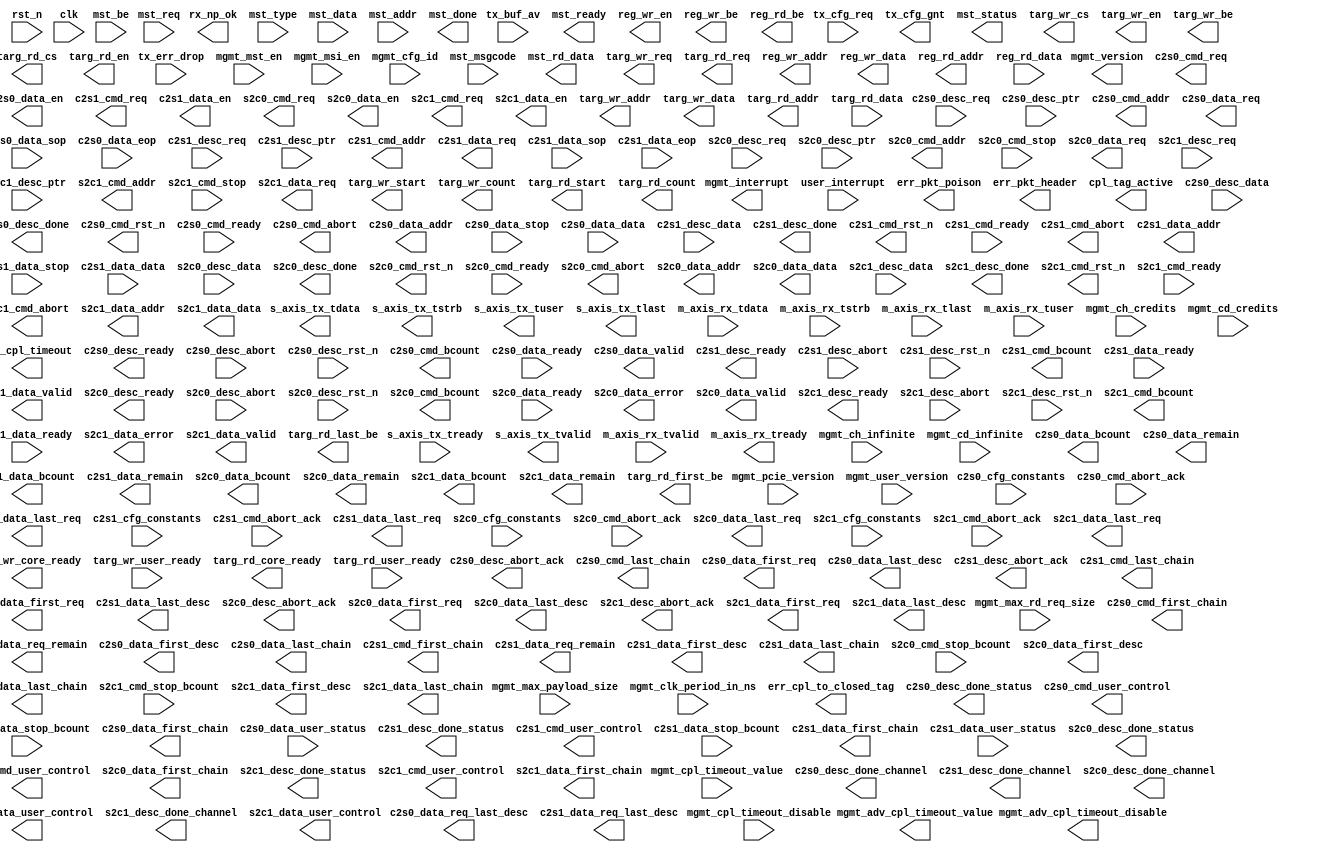
module dma_back_end_pkt (

    rst_n,
    clk,

    tx_buf_av,
    tx_err_drop,
    tx_cfg_req,
    s_axis_tx_tready,
    s_axis_tx_tdata,
    s_axis_tx_tstrb,
    s_axis_tx_tuser,
    s_axis_tx_tlast,
    s_axis_tx_tvalid,
    tx_cfg_gnt,

    m_axis_rx_tdata,
    m_axis_rx_tstrb,
    m_axis_rx_tlast,
    m_axis_rx_tvalid,
    m_axis_rx_tready,
    m_axis_rx_tuser,
    rx_np_ok,
    mgmt_mst_en,
    mgmt_msi_en,
    mgmt_max_payload_size,
    mgmt_max_rd_req_size,
    mgmt_clk_period_in_ns,
    mgmt_version,
    mgmt_pcie_version,
    mgmt_user_version,
    mgmt_cfg_id,
    mgmt_interrupt,
    user_interrupt,

    mgmt_ch_infinite,
    mgmt_cd_infinite,
    mgmt_ch_credits,
    mgmt_cd_credits,

    mgmt_adv_cpl_timeout_disable,
    mgmt_adv_cpl_timeout_value,
    mgmt_cpl_timeout_disable,
    mgmt_cpl_timeout_value,

    err_pkt_poison,
    err_cpl_to_closed_tag,
    err_cpl_timeout,
    err_pkt_header,
    cpl_tag_active,

    // Master DWORD Read/Write Interface
    mst_ready,
    mst_req,
    mst_type,
    mst_data,
    mst_be,
    mst_addr,
    mst_msgcode,
    mst_rd_data,
    mst_status,
    mst_done,

    // DMA Card to System Engine #0 User Interface
    c2s0_cfg_constants,

    c2s0_desc_req,
    c2s0_desc_ready,
    c2s0_desc_ptr,
    c2s0_desc_data,
    c2s0_desc_abort,
    c2s0_desc_abort_ack,
    c2s0_desc_rst_n,

    c2s0_desc_done,
    c2s0_desc_done_channel,
    c2s0_desc_done_status,

    c2s0_cmd_rst_n,
    c2s0_cmd_req,
    c2s0_cmd_ready,
    c2s0_cmd_first_chain,
    c2s0_cmd_last_chain,
    c2s0_cmd_addr,
    c2s0_cmd_bcount,
    c2s0_cmd_user_control,
    c2s0_cmd_abort,
    c2s0_cmd_abort_ack,

    c2s0_data_req,
    c2s0_data_ready,
    c2s0_data_req_remain,
    c2s0_data_req_last_desc,
    c2s0_data_addr,
    c2s0_data_bcount,
    c2s0_data_stop,
    c2s0_data_stop_bcount,

    c2s0_data_en,
    c2s0_data_remain,
    c2s0_data_valid,
    c2s0_data_first_req,
    c2s0_data_last_req,
    c2s0_data_first_desc,
    c2s0_data_last_desc,
    c2s0_data_first_chain,
    c2s0_data_last_chain,
    c2s0_data_sop,
    c2s0_data_eop,
    c2s0_data_data,
    c2s0_data_user_status,

    // DMA Card to System Engine #1 User Interface
    c2s1_cfg_constants,

    c2s1_desc_req,
    c2s1_desc_ready,
    c2s1_desc_ptr,
    c2s1_desc_data,
    c2s1_desc_abort,
    c2s1_desc_abort_ack,
    c2s1_desc_rst_n,

    c2s1_desc_done,
    c2s1_desc_done_channel,
    c2s1_desc_done_status,

    c2s1_cmd_rst_n,
    c2s1_cmd_req,
    c2s1_cmd_ready,
    c2s1_cmd_first_chain,
    c2s1_cmd_last_chain,
    c2s1_cmd_addr,
    c2s1_cmd_bcount,
    c2s1_cmd_user_control,
    c2s1_cmd_abort,
    c2s1_cmd_abort_ack,

    c2s1_data_req,
    c2s1_data_ready,
    c2s1_data_req_remain,
    c2s1_data_req_last_desc,
    c2s1_data_addr,
    c2s1_data_bcount,
    c2s1_data_stop,
    c2s1_data_stop_bcount,

    c2s1_data_en,
    c2s1_data_remain,
    c2s1_data_valid,
    c2s1_data_first_req,
    c2s1_data_last_req,
    c2s1_data_first_desc,
    c2s1_data_last_desc,
    c2s1_data_first_chain,
    c2s1_data_last_chain,
    c2s1_data_sop,
    c2s1_data_eop,
    c2s1_data_data,
    c2s1_data_user_status,
    // DMA System to Card Engine #0 User Interface
    s2c0_cfg_constants,

    s2c0_desc_req,
    s2c0_desc_ready,
    s2c0_desc_ptr,
    s2c0_desc_data,
    s2c0_desc_abort,
    s2c0_desc_abort_ack,
    s2c0_desc_rst_n,

    s2c0_desc_done,
    s2c0_desc_done_channel,
    s2c0_desc_done_status,

    s2c0_cmd_rst_n,
    s2c0_cmd_req,
    s2c0_cmd_ready,
    s2c0_cmd_addr,
    s2c0_cmd_bcount,
    s2c0_cmd_user_control,
    s2c0_cmd_abort,
    s2c0_cmd_abort_ack,
    s2c0_cmd_stop,
    s2c0_cmd_stop_bcount,

    s2c0_data_req,
    s2c0_data_ready,
    s2c0_data_addr,
    s2c0_data_bcount,
    s2c0_data_en,
    s2c0_data_error,
    s2c0_data_remain,
    s2c0_data_valid,
    s2c0_data_first_req,
    s2c0_data_last_req,
    s2c0_data_first_desc,
    s2c0_data_last_desc,
    s2c0_data_first_chain,
    s2c0_data_last_chain,
    s2c0_data_data,
    s2c0_data_user_control,

    // DMA System to Card Engine #1 User Interface
    s2c1_cfg_constants,

    s2c1_desc_req,
    s2c1_desc_ready,
    s2c1_desc_ptr,
    s2c1_desc_data,
    s2c1_desc_abort,
    s2c1_desc_abort_ack,
    s2c1_desc_rst_n,

    s2c1_desc_done,
    s2c1_desc_done_channel,
    s2c1_desc_done_status,

    s2c1_cmd_rst_n,
    s2c1_cmd_req,
    s2c1_cmd_ready,
    s2c1_cmd_addr,
    s2c1_cmd_bcount,
    s2c1_cmd_user_control,
    s2c1_cmd_abort,
    s2c1_cmd_abort_ack,
    s2c1_cmd_stop,
    s2c1_cmd_stop_bcount,

    s2c1_data_req,
    s2c1_data_ready,
    s2c1_data_addr,
    s2c1_data_bcount,
    s2c1_data_en,
    s2c1_data_error,
    s2c1_data_remain,
    s2c1_data_valid,
    s2c1_data_first_req,
    s2c1_data_last_req,
    s2c1_data_first_desc,
    s2c1_data_last_desc,
    s2c1_data_first_chain,
    s2c1_data_last_chain,
    s2c1_data_data,
    s2c1_data_user_control,
    // Target Write Interface
    targ_wr_req,
    targ_wr_core_ready,
    targ_wr_user_ready,
    targ_wr_cs,
    targ_wr_start,
    targ_wr_addr,
    targ_wr_count,
    targ_wr_en,
    targ_wr_data,
    targ_wr_be,

    // Target Read Interface
    targ_rd_req,
    targ_rd_core_ready,
    targ_rd_user_ready,
    targ_rd_cs,
    targ_rd_start,
    targ_rd_addr,
    targ_rd_first_be,
    targ_rd_last_be,
    targ_rd_count,
    targ_rd_en,
    targ_rd_data,

    // Register Interface
    reg_wr_addr,
    reg_wr_en,
    reg_wr_be,
    reg_wr_data,
    reg_rd_addr,
    reg_rd_be,
    reg_rd_data

);



// ----------------
// -- Parameters --
// ----------------

parameter   BE_REG_RD_PIPELINE      = 0;     // Number of clocks to add to the register read pipeline. Valid values 0-4. >= 1 adds a pipe register to the data mux.

// Note: None of the following localparam values are intended to be modified by the user
localparam  CORE_DATA_WIDTH         = 64;    // Width of input and output data
localparam  CORE_BE_WIDTH           = 8;     // Width of input and output K
localparam  CORE_REMAIN_WIDTH       = 3;     // 2^CORE_REMAIN_WIDTH represents the number of bytes in CORE_DATA_WIDTH

localparam  XIL_DATA_WIDTH          = CORE_DATA_WIDTH;
localparam  XIL_STRB_WIDTH          = CORE_BE_WIDTH;

localparam  RQ_TAG_WIDTH            = 3;                        // Number of tag bits implemented by the S2C DMA Engine Reorder Queues
localparam  TAG_WIDTH               = RQ_TAG_WIDTH + 1;         // Number of tags bits implemented by Completion Monitor
localparam  NUM_TAGS                = (1 << RQ_TAG_WIDTH) + 2;  // Number of tags implemented by Completion Monitor; must be 2^RQ_TAG_WIDTH+2

parameter   REG_ADDR_WIDTH          = 13; // Register BAR is 64KBytes
localparam  CARD_ADDR_WIDTH         = 64;   // Maximum DMA Card address width
localparam  BYTE_COUNT_WIDTH        = 13;
localparam  DESC_ADDR_WIDTH         = 64;   // Maximum Descriptor Pointer address width

localparam  DESC_STATUS_WIDTH       = 160;

localparam  DESC_WIDTH              = 256;

// Register byte addresses 0x1FFF-0x0000 are reserved for up to 32 System to Card DMA Register Blocks;
//   Each Register Block is 256 bytes; the first Register Block must be placed at 0x0000; subsequent
//   Register Blocks are placed every 256 bytes; software can determine the number of present
//   Register Blocks by reading the Capabilities register at all of the possible locations
// reg_wr_addr and reg_rd_addr are CORE_DATA_WIDTH addresses rather than byte addresses;
//   define the Register Block offsets in terms of CORE_DATA_WIDTH
localparam  REG_BASE_ADDR_S2C0_0    = 32'h00;
localparam  REG_BASE_ADDR_S2C1_0    = 32'h20;
localparam  REG_BASE_ADDR_S2C2_0    = 32'h40;
localparam  REG_BASE_ADDR_S2C3_0    = 32'h60;

// Register byte addresses 0x3FFF-0x2000 are reserved for up to 32 Card to System DMA Register Blocks;
//   Each Register Block is 256 bytes; the first Register Block must be placed at 0x2000; subsequent
//   Register Blocks are placed every 256 bytes; software can determine the number of present
//   Register Blocks by reading the Capabilities register at all of the possible locations
// reg_wr_addr and reg_rd_addr are CORE_DATA_WIDTH addresses rather than byte addresses;
//   define the Register Block offsets in terms of CORE_DATA_WIDTH
localparam  REG_BASE_ADDR_C2S0_0    = 32'h400;
localparam  REG_BASE_ADDR_C2S1_0    = 32'h420;
localparam  REG_BASE_ADDR_C2S2_0    = 32'h440;
localparam  REG_BASE_ADDR_C2S3_0    = 32'h460;
localparam  REG_BASE_ADDR_C2S4_0    = 32'h480;
localparam  REG_BASE_ADDR_C2S5_0    = 32'h4A0;

// The DMA Common Register Block is at 0x4000 offset into BAR0
localparam  REG_BASE_ADDR_COMMON    = 32'h800;

// User Registers are located at BAR0: Byte Address 0x8000 and above
localparam  REG_BASE_ADDR_USER      = 32'h1000;



// ----------------------
// -- Port Definitions --
// ----------------------

input                               rst_n;
input                               clk;

input   [5:0]                       tx_buf_av;
input                               tx_err_drop;
input                               tx_cfg_req;
input                               s_axis_tx_tready;
output  [XIL_DATA_WIDTH-1:0]        s_axis_tx_tdata;
output  [XIL_STRB_WIDTH-1:0]        s_axis_tx_tstrb;
output  [3:0]                       s_axis_tx_tuser;
output                              s_axis_tx_tlast;
output                              s_axis_tx_tvalid;
output                              tx_cfg_gnt;

input   [XIL_DATA_WIDTH-1:0]        m_axis_rx_tdata;
input   [XIL_STRB_WIDTH-1:0]        m_axis_rx_tstrb;
input                               m_axis_rx_tlast;
input                               m_axis_rx_tvalid;
output                              m_axis_rx_tready;
input   [21:0]                      m_axis_rx_tuser;
output                              rx_np_ok;
input                               mgmt_mst_en;
input                               mgmt_msi_en;
input   [2:0]                       mgmt_max_payload_size;
input   [2:0]                       mgmt_max_rd_req_size;
input   [7:0]                       mgmt_clk_period_in_ns;
output  [31:0]                      mgmt_version;
input   [31:0]                      mgmt_pcie_version;
input   [31:0]                      mgmt_user_version;
input   [15:0]                      mgmt_cfg_id;
output                              mgmt_interrupt;
input                               user_interrupt;

input                               mgmt_ch_infinite;
input                               mgmt_cd_infinite;
input   [7:0]                       mgmt_ch_credits;
input   [11:0]                      mgmt_cd_credits;

output                              mgmt_adv_cpl_timeout_disable;
output  [3:0]                       mgmt_adv_cpl_timeout_value;
input                               mgmt_cpl_timeout_disable;
input   [3:0]                       mgmt_cpl_timeout_value;

output                              err_pkt_poison;
output                              err_cpl_to_closed_tag;
output                              err_cpl_timeout;
output  [127:0]                     err_pkt_header;
output                              cpl_tag_active;

output                              mst_ready;
input                               mst_req;
input   [6:0]                       mst_type;
input   [31:0]                      mst_data;
input   [3:0]                       mst_be;
input   [63:0]                      mst_addr;
input   [7:0]                       mst_msgcode;
output  [31:0]                      mst_rd_data;
output  [2:0]                       mst_status;
output                              mst_done;

input   [63:0]                      c2s0_cfg_constants;

input                               c2s0_desc_req;
output                              c2s0_desc_ready;
input   [31:0]                      c2s0_desc_ptr;
input   [DESC_WIDTH-1:0]            c2s0_desc_data;
input                               c2s0_desc_abort;
output                              c2s0_desc_abort_ack;
input                               c2s0_desc_rst_n;

output                              c2s0_desc_done;
output  [7:0]                       c2s0_desc_done_channel;
output  [DESC_STATUS_WIDTH-1:0]     c2s0_desc_done_status;

output                              c2s0_cmd_rst_n;
output                              c2s0_cmd_req;
input                               c2s0_cmd_ready;
output                              c2s0_cmd_first_chain;
output                              c2s0_cmd_last_chain;
output  [63:0]                      c2s0_cmd_addr;
output  [31:0]                      c2s0_cmd_bcount;
output  [63:0]                      c2s0_cmd_user_control;
output                              c2s0_cmd_abort;
input                               c2s0_cmd_abort_ack;

output                              c2s0_data_req;
input                               c2s0_data_ready;
output  [CORE_REMAIN_WIDTH-1:0]     c2s0_data_req_remain;
output                              c2s0_data_req_last_desc;
output  [63:0]                      c2s0_data_addr;
output  [9:0]                       c2s0_data_bcount;
input                               c2s0_data_stop;
input   [9:0]                       c2s0_data_stop_bcount;

output                              c2s0_data_en;
output  [CORE_REMAIN_WIDTH-1:0]     c2s0_data_remain;
output  [CORE_REMAIN_WIDTH:0]       c2s0_data_valid;
output                              c2s0_data_first_req;
output                              c2s0_data_last_req;
output                              c2s0_data_first_desc;
output                              c2s0_data_last_desc;
output                              c2s0_data_first_chain;
output                              c2s0_data_last_chain;
input                               c2s0_data_sop;
input                               c2s0_data_eop;
input   [CORE_DATA_WIDTH-1:0]       c2s0_data_data;
input   [63:0]                      c2s0_data_user_status;

input   [63:0]                      c2s1_cfg_constants;

input                               c2s1_desc_req;
output                              c2s1_desc_ready;
input   [31:0]                      c2s1_desc_ptr;
input   [DESC_WIDTH-1:0]            c2s1_desc_data;
input                               c2s1_desc_abort;
output                              c2s1_desc_abort_ack;
input                               c2s1_desc_rst_n;

output                              c2s1_desc_done;
output  [7:0]                       c2s1_desc_done_channel;
output  [DESC_STATUS_WIDTH-1:0]     c2s1_desc_done_status;

output                              c2s1_cmd_rst_n;
output                              c2s1_cmd_req;
input                               c2s1_cmd_ready;
output                              c2s1_cmd_first_chain;
output                              c2s1_cmd_last_chain;
output  [63:0]                      c2s1_cmd_addr;
output  [31:0]                      c2s1_cmd_bcount;
output  [63:0]                      c2s1_cmd_user_control;
output                              c2s1_cmd_abort;
input                               c2s1_cmd_abort_ack;

output                              c2s1_data_req;
input                               c2s1_data_ready;
output  [CORE_REMAIN_WIDTH-1:0]     c2s1_data_req_remain;
output                              c2s1_data_req_last_desc;
output  [63:0]                      c2s1_data_addr;
output  [9:0]                       c2s1_data_bcount;
input                               c2s1_data_stop;
input   [9:0]                       c2s1_data_stop_bcount;

output                              c2s1_data_en;
output  [CORE_REMAIN_WIDTH-1:0]     c2s1_data_remain;
output  [CORE_REMAIN_WIDTH:0]       c2s1_data_valid;
output                              c2s1_data_first_req;
output                              c2s1_data_last_req;
output                              c2s1_data_first_desc;
output                              c2s1_data_last_desc;
output                              c2s1_data_first_chain;
output                              c2s1_data_last_chain;
input                               c2s1_data_sop;
input                               c2s1_data_eop;
input   [CORE_DATA_WIDTH-1:0]       c2s1_data_data;
input   [63:0]                      c2s1_data_user_status;
input   [63:0]                      s2c0_cfg_constants;

input                               s2c0_desc_req;
output                              s2c0_desc_ready;
input   [31:0]                      s2c0_desc_ptr;
input   [255:0]                     s2c0_desc_data;
input                               s2c0_desc_abort;
output                              s2c0_desc_abort_ack;
input                               s2c0_desc_rst_n;

output                              s2c0_desc_done;
output  [7:0]                       s2c0_desc_done_channel;
output  [159:0]                     s2c0_desc_done_status;

output                              s2c0_cmd_rst_n;
output                              s2c0_cmd_req;
input                               s2c0_cmd_ready;
output  [63:0]                      s2c0_cmd_addr;
output  [9:0]                       s2c0_cmd_bcount;
output  [63:0]                      s2c0_cmd_user_control;
output                              s2c0_cmd_abort;
input                               s2c0_cmd_abort_ack;
input                               s2c0_cmd_stop;
input   [9:0]                       s2c0_cmd_stop_bcount;

output                              s2c0_data_req;
input                               s2c0_data_ready;
output  [63:0]                      s2c0_data_addr;
output  [9:0]                       s2c0_data_bcount;
output                              s2c0_data_en;
output                              s2c0_data_error;
output  [CORE_REMAIN_WIDTH-1:0]     s2c0_data_remain;
output  [CORE_REMAIN_WIDTH:0]       s2c0_data_valid;
output                              s2c0_data_first_req;
output                              s2c0_data_last_req;
output                              s2c0_data_first_desc;
output                              s2c0_data_last_desc;
output                              s2c0_data_first_chain;
output                              s2c0_data_last_chain;
output  [CORE_DATA_WIDTH-1:0]       s2c0_data_data;
output  [63:0]                      s2c0_data_user_control;

input   [63:0]                      s2c1_cfg_constants;

input                               s2c1_desc_req;
output                              s2c1_desc_ready;
input   [31:0]                      s2c1_desc_ptr;
input   [255:0]                     s2c1_desc_data;
input                               s2c1_desc_abort;
output                              s2c1_desc_abort_ack;
input                               s2c1_desc_rst_n;

output                              s2c1_desc_done;
output  [7:0]                       s2c1_desc_done_channel;
output  [159:0]                     s2c1_desc_done_status;

output                              s2c1_cmd_rst_n;
output                              s2c1_cmd_req;
input                               s2c1_cmd_ready;
output  [63:0]                      s2c1_cmd_addr;
output  [9:0]                       s2c1_cmd_bcount;
output  [63:0]                      s2c1_cmd_user_control;
output                              s2c1_cmd_abort;
input                               s2c1_cmd_abort_ack;
input                               s2c1_cmd_stop;
input   [9:0]                       s2c1_cmd_stop_bcount;

output                              s2c1_data_req;
input                               s2c1_data_ready;
output  [63:0]                      s2c1_data_addr;
output  [9:0]                       s2c1_data_bcount;
output                              s2c1_data_en;
output                              s2c1_data_error;
output  [CORE_REMAIN_WIDTH-1:0]     s2c1_data_remain;
output  [CORE_REMAIN_WIDTH:0]       s2c1_data_valid;
output                              s2c1_data_first_req;
output                              s2c1_data_last_req;
output                              s2c1_data_first_desc;
output                              s2c1_data_last_desc;
output                              s2c1_data_first_chain;
output                              s2c1_data_last_chain;
output  [CORE_DATA_WIDTH-1:0]       s2c1_data_data;
output  [63:0]                      s2c1_data_user_control;
output                              targ_wr_req;
output                              targ_wr_core_ready;
input                               targ_wr_user_ready;
output  [5:0]                       targ_wr_cs;
output                              targ_wr_start;
output  [31:0]                      targ_wr_addr;
output  [12:0]                      targ_wr_count;
output                              targ_wr_en;
output  [CORE_DATA_WIDTH-1:0]       targ_wr_data;
output  [CORE_BE_WIDTH-1:0]         targ_wr_be;

output                              targ_rd_req;
output                              targ_rd_core_ready;
input                               targ_rd_user_ready;
output  [5:0]                       targ_rd_cs;
output                              targ_rd_start;
output  [31:0]                      targ_rd_addr;
output  [CORE_BE_WIDTH-1:0]         targ_rd_first_be;
output  [CORE_BE_WIDTH-1:0]         targ_rd_last_be;
output  [12:0]                      targ_rd_count;
output                              targ_rd_en;
input   [CORE_DATA_WIDTH-1:0]       targ_rd_data;

output  [REG_ADDR_WIDTH-1:0]        reg_wr_addr;
output                              reg_wr_en;
output  [CORE_BE_WIDTH-1:0]         reg_wr_be;
output  [CORE_DATA_WIDTH-1:0]       reg_wr_data;
output  [REG_ADDR_WIDTH-1:0]        reg_rd_addr;
output  [CORE_BE_WIDTH-1:0]         reg_rd_be;
input   [CORE_DATA_WIDTH-1:0]       reg_rd_data;
endmodule